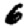
Digit: 6